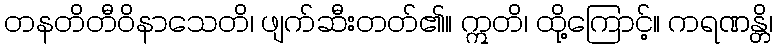
တနတိတီဝိနာသေတိ၊ ဖျက်ဆီးတတ်၏။ ဣတိ၊ ထို့ကြောင့်။ ကရဏန္တိ၊